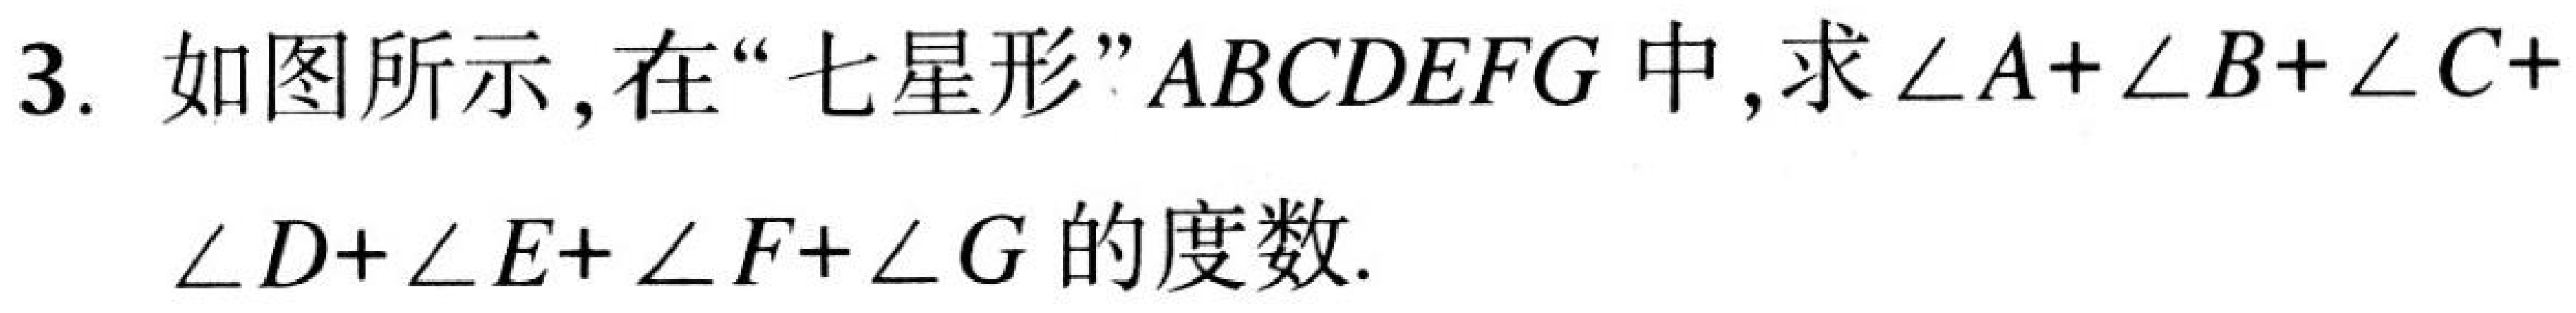
3. 如图所示, 在“七星形”$ABCDEFG$中, 求$\angle A+\angle B+\angle C+\angle D+\angle E+\angle F+\angle G$的度数.